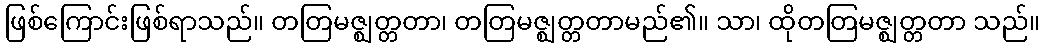
ဖြစ်ကြောင်းဖြစ်ရာသည်။ တတြမဇ္ဈတ္တတာ၊ တတြမဇ္ဈတ္တတာမည်၏။ သာ၊ ထိုတတြမဇ္ဈတ္တတာ သည်။